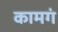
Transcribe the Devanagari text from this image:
कामगं